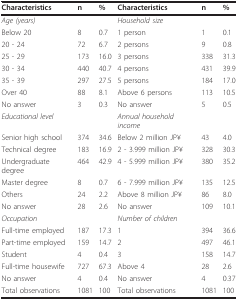
| Characteristics | n | % | Characteristics | n | % |
 | --- | --- | --- | --- | --- | --- |
 | Age (years) |  |  | Household size |  |  |
 | Below 20 | 8 | 0.7 | 1 person | 1 | 0.1 |
 | 20 - 24 | 72 | 6.7 | 2 persons | 9 | 0.8 |
 | 25 - 29 | 173 | 16.0 | 3 persons | 338 | 31.3 |
 | 30 - 34 | 440 | 40.7 | 4 persons | 431 | 39.9 |
 | 35 - 39 | 297 | 27.5 | 5 persons | 184 | 17.0 |
 | Over 40 | 88 | 8.1 | Above 6 persons | 113 | 10.5 |
 | No answer | 3 | 0.3 | No answer | 5 | 0.5 |
 | Educational level |  |  | Annual household income |  |  |
 | Senior high school | 374 | 34.6 | Below 2 million JP¥ | 43 | 4.0 |
 | Technical degree | 183 | 16.9 | 2 - 3.999 million JP¥ | 328 | 30.3 |
 | Undergraduate degree | 464 | 42.9 | 4 - 5.999 million JP¥ | 380 | 35.2 |
 | Master degree | 8 | 0.7 | 6 - 7.999 million JP¥ | 135 | 12.5 |
 | Others | 24 | 2.2 | Above 8 million JP¥ | 86 | 8.0 |
 | No answer | 28 | 2.6 | No answer | 109 | 10.1 |
 | Occupation |  |  | Number of children |  |  |
 | Full-time employed | 187 | 17.3 | 1 | 394 | 36.6 |
 | Part-time employed | 159 | 14.7 | 2 | 497 | 46.1 |
 | Student | 4 | 0.4 | 3 | 158 | 14.7 |
 | Full-time housewife | 727 | 67.3 | Above 4 | 28 | 2.6 |
 | No answer | 4 | 0.4 | No answer | 4 | 0.37 |
 | Total observations | 1081 | 100 | Total observations | 1081 | 100 |